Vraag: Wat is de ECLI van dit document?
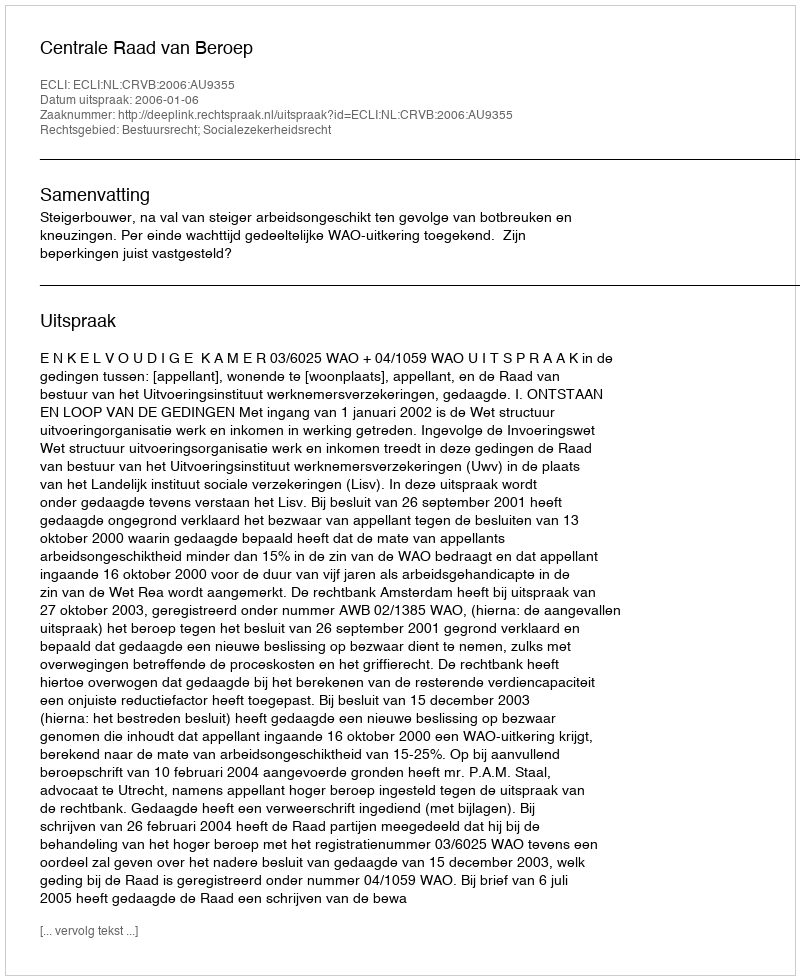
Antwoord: ECLI:NL:CRVB:2006:AU9355